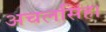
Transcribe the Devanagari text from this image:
अचलसिंह।